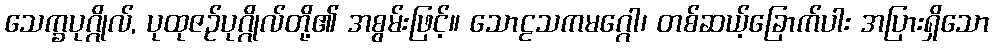
သေက္ခပုဂ္ဂိုလ်, ပုထုဇဉ်ပုဂ္ဂိုလ်တို့၏ အစွမ်းဖြင့်။ သောဠသကမဂ္ဂေါ၊ တစ်ဆယ့်ခြောက်ပါး အပြားရှိသော